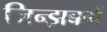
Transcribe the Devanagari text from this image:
जिन्झबर्ग